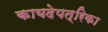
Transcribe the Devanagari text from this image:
कायदेपत्रिका